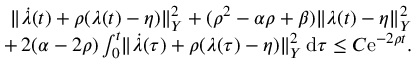
\begin{array} { r } { \lVert \dot { \lambda } ( t ) + \rho ( \lambda ( t ) - \eta ) \rVert _ { Y } ^ { 2 } + ( \rho ^ { 2 } - \alpha \rho + \beta ) \lVert \lambda ( t ) - \eta \rVert _ { Y } ^ { 2 } } \\ { + \, 2 ( \alpha - 2 \rho ) \int _ { 0 } ^ { t } \lVert \dot { \lambda } ( \tau ) + \rho ( \lambda ( \tau ) - \eta ) \rVert _ { Y } ^ { 2 } \, \mathrm { d } \tau \leq C \mathrm { e } ^ { - 2 \rho t } . } \end{array}